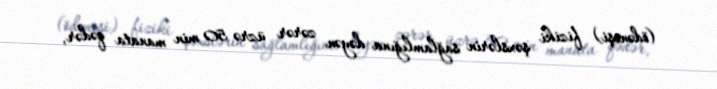
(ödənişi) fiziki şəxslərin sağlamlığına dəyən zərər üzrə 50 min manata qədər,